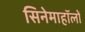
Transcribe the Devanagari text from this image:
सिनेमाहॉलों